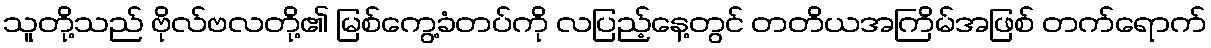
သူတို့သည် ဗိုလ်ဗလတို့၏ မြစ်ကွေ့ခံတပ်ကို လပြည့်နေ့တွင် တတိယအကြိမ်အဖြစ် တက်ရောက်